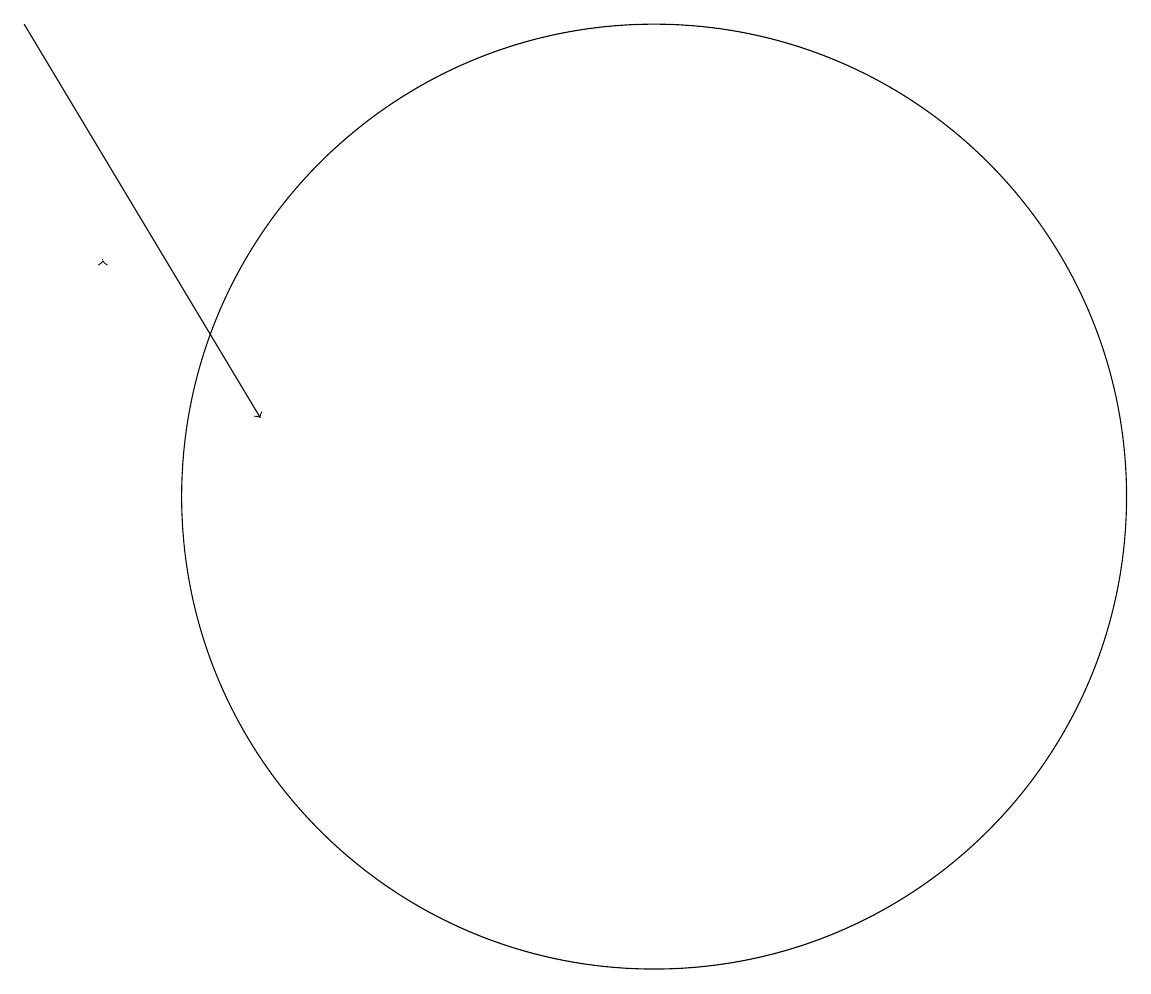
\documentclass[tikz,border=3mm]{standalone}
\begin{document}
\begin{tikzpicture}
\draw (11,11) circle (6);
\draw[->] (3,17) -- (6,12);
\draw[->] (4,14) -- (4,14);
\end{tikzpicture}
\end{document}